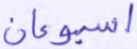
أسبوعان